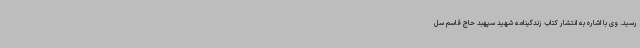
رسید. وی با اشاره به انتشار کتاب زندگینامه شهید سپهبد حاج قاسم سل